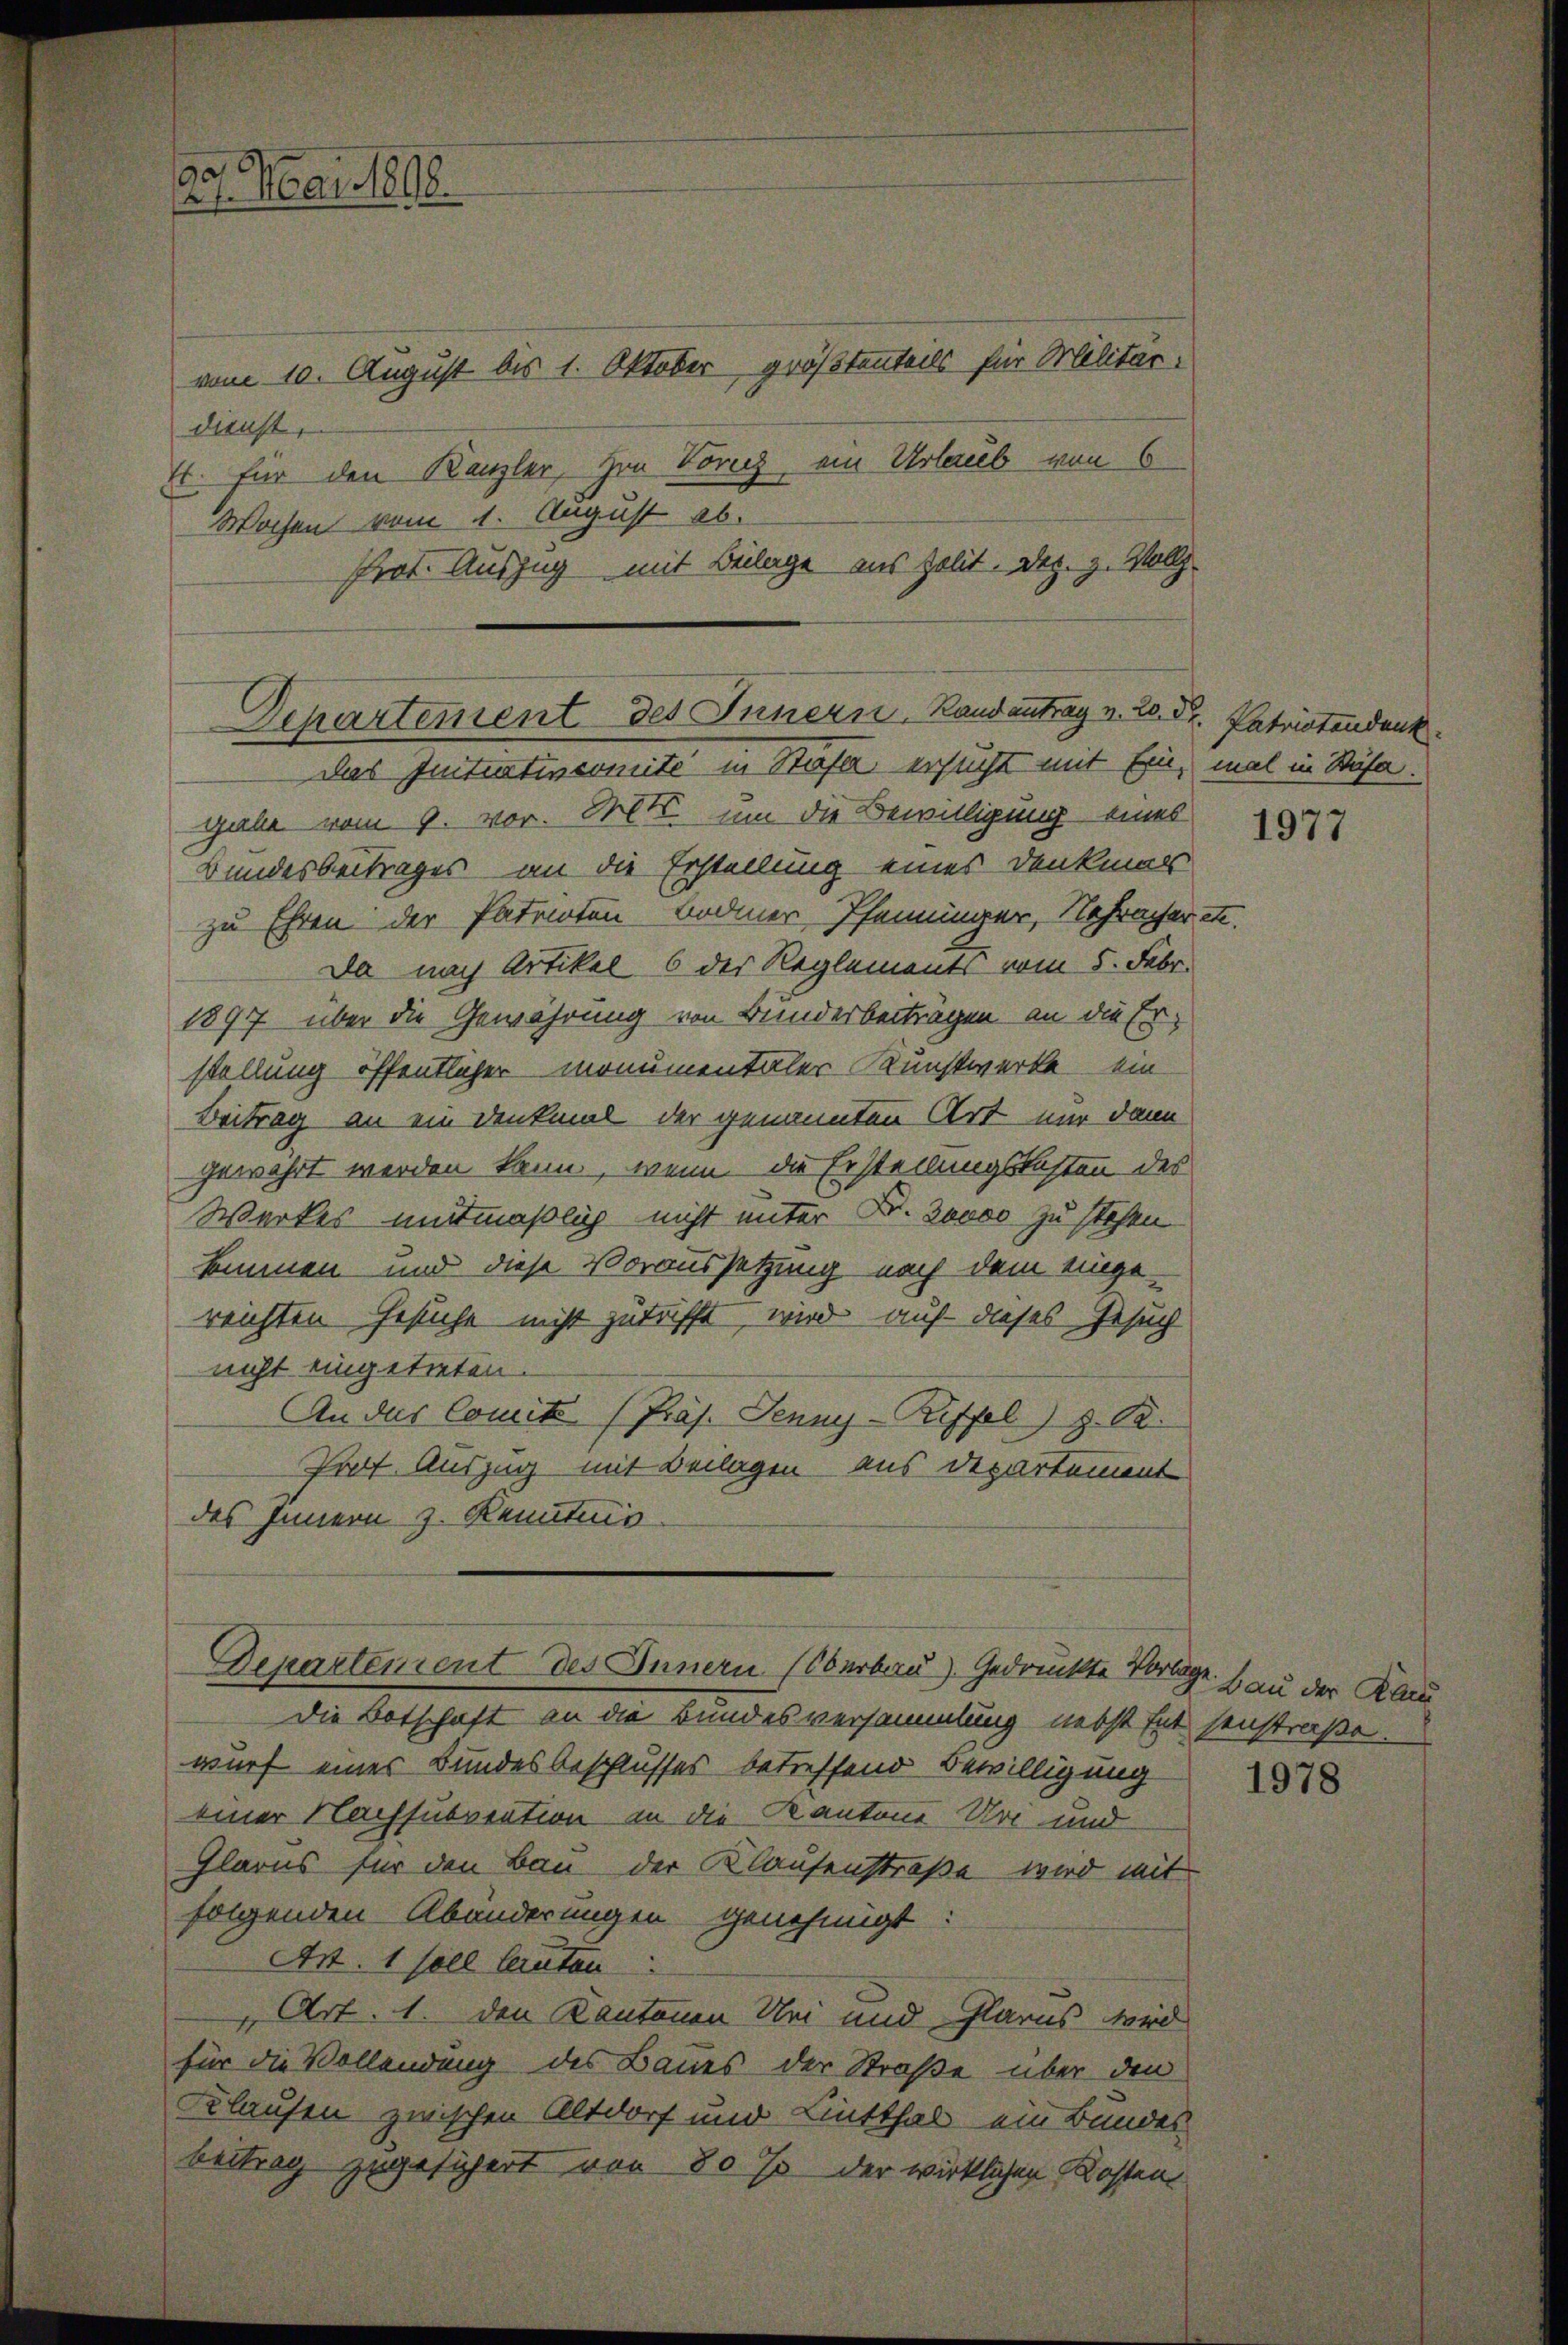
dienst,
E. für den Kanzler, Hrn Voricz ein Urlaub von 6
Wochen vom 1. August ab.
Prot. Auszug mit Beilage aus Zolit. Dez. z. Vollz

29. Mai 1890.

Departement des Innern, Randantrag v. 20. Dr. Patriotendenk
Das Initiativermité in Stäfa, ersucht mit Ein mal in Stäfa.

vom 10. August bis 1. Oktober größtenteils für Militär-

gaabe vom 9. vor. Mts. um die Bewilligung eines
Bundesbeitrages an die Erstellung eines Denkmals
zu Ehren der Patrioten Bodmer, Pfenninger, Nahrasseret.
Da nach Artikel 6 der Reglements vom 5. Febr.
1897 über die Gewährung von Bunderbeiträgen an die Erstellung öffentlicher monumentaler Kunstwerke ein
Beitrag an ein Denkmal der genannten Art nur dann
gewahrt werden kann, wenn die Ersteilungskosten des
Werkes mitmaßlich nicht unter B. Soooo zu stehen
kommen und diese Voraussetzung nach dem eingereichten Gesuche nicht zutrifft, wird auf dieses Gesuch
nicht eingetreten.
An das Comite (Präs. Jenny-Riffel) z. OR.
Prof. Auszug mit Beilagen aus Departement
des Innern z. Kenntnis

Departement des Innern (Oberbau) Gedruckte Vorlage

Die Botschaft an die Bundesversammlung nebst hat senstraße.
wurf eines Bundesbeschlusses betreffend Bewilligung
einer Nachsubvention in die Kantone Uri und
Glarus für den Bau der Klausenstraße wird mit
folgenden Abänderungen genehmigt
Art. 1 soll lauten
Art. 1. den Kantonen Bei und Glarus wird
für die Vollendung des Baues der Straße über den
Klaufen zwischen Altdorf und Lintthal ein Bundes
beitrag zugesichert von 80 % der wirklichen Kosten.

1977

Bau der Kan

1978